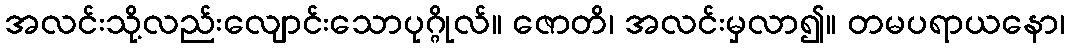
အလင်းသို့လည်းလျောင်းသောပုဂ္ဂိုလ်။ ဇောတိ၊ အလင်းမှလာ၍။ တမပရာယနော၊